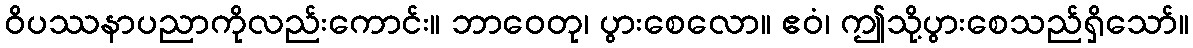
ဝိပဿနာပညာကိုလည်းကောင်း။ ဘာဝေတု၊ ပွားစေလော။ ဧဝံ၊ ဤသို့ပွားစေသည်ရှိသော်။